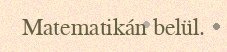
Matematikán belül.